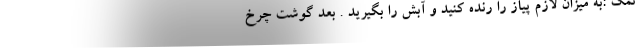
نمک :به میزان لازم پیاز را رنده کنید و آبش را بگیرید . بعد گوشت چرخ